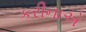
કરીનાએ